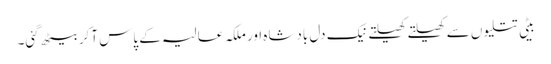
بیٹی تتلیوں سے کھیلتے کھیلتے نیک دل بادشاہ اور ملکہ عالیہ کے پاس آکر بیٹھ گئی۔